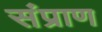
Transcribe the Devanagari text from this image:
संप्राण